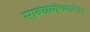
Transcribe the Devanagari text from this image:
साबळ्यांच्यानंतर